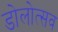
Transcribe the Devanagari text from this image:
डोलोत्सव